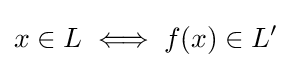
x\in L\iff f(x)\in L'